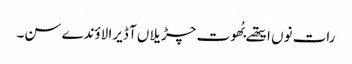
رات نوں ایتھے بُھوت چڑیلاں آ ڈیرا لاؤندے سن۔